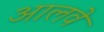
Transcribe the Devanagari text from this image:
आलवे